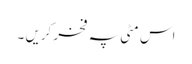
اس مٹی پہ فخر کریں ۔